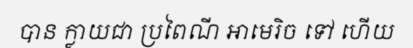
បាន ក្លាយជា ប្រពៃណី អាមេរិច ទៅ ហើយ